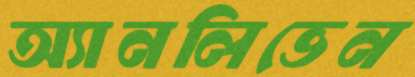
অ্যানলিভেন